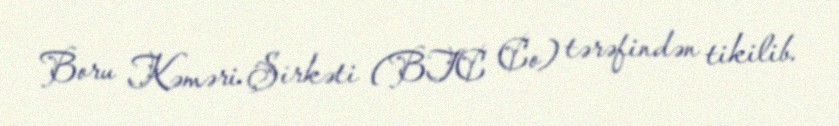
Boru Kəməri Şirkəti (BTC Co) tərəfindən tikilib.